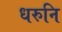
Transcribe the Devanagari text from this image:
धरुनि